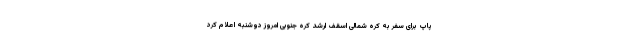
پاپ برای سفر به کره شمالی اسقف ارشد کره جنوبی امروز دوشنبه اعلام کرد